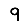
Digit: 9